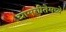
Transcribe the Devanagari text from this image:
ग्रामगीतेमध्ये